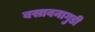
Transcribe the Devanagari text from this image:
बसावनागुडी